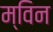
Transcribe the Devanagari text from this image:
म्विन